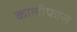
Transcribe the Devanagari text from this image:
कालीफास